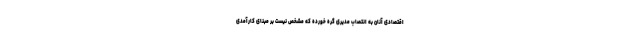
اقتصادی آنان به انتصاب مدیری گره خورده که مشخص نیست بر مبنای کارآمدی